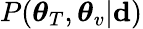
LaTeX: P(\boldsymbol{\theta}_{T},\boldsymbol{\theta}_{v}|\mathbf{d})